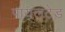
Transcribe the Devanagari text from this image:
पायलटेड